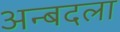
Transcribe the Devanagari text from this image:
अन्बदला